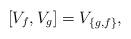
LaTeX: \begin{align*} [V_f, V_g] = V_{\{g, f\}},\end{align*}